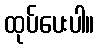
ထုပ်ပေးပါ။